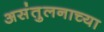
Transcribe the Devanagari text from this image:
असंतुलनाच्या